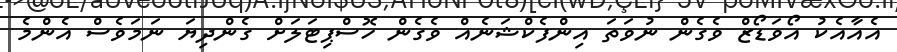
އެއާއެކު އޯވަޑޯޒް ވެގެން ނުވަތަ އިންފެކްޝަނެއް ވެގެން ހޮސްޕިޓަލަށް ގެންދިޔަ ނަމަވެސް އެންމެ